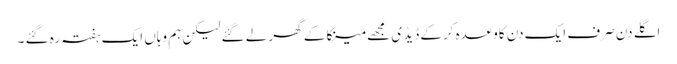
اگلے دن صرف ایک دن کاوعدہ کرکے ڈیڈ ی مجھے مینکا کے گھر لے گئے لیکن ہم وہاں ایک ہفتہ رہ گئے ۔